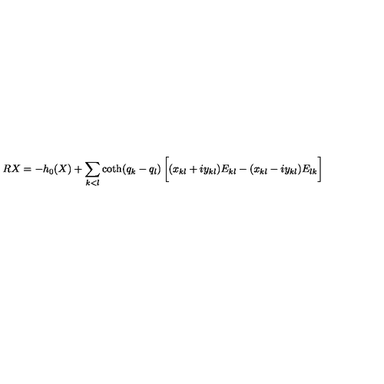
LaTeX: R X = - h _ { 0 } ( X ) + \sum _ { k < l } { \coth ( q _ { k } - q _ { l } ) } \left[ \vphantom { \frac { 1 } { 2 } } ( x _ { k l } + i y _ { k l } ) E _ { k l } - ( x _ { k l } - i y _ { k l } ) E _ { l k } \right]